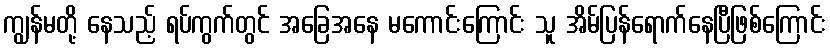
ကျွန်မတို့ နေသည့် ရပ်ကွက်တွင် အခြေအနေ မကောင်းကြောင်း သူ အိမ်ပြန်ရောက်နေပြီဖြစ်ကြောင်း